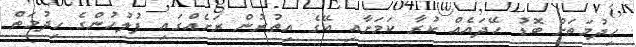
ހިދުމަތަށް ބޮޑު ހޭދައެއް ކުރާ ކަމަށާއި އޭގެ އިތުރުން ރަށެއްގައި ފުލުހުންގެ ހިދުމަތް